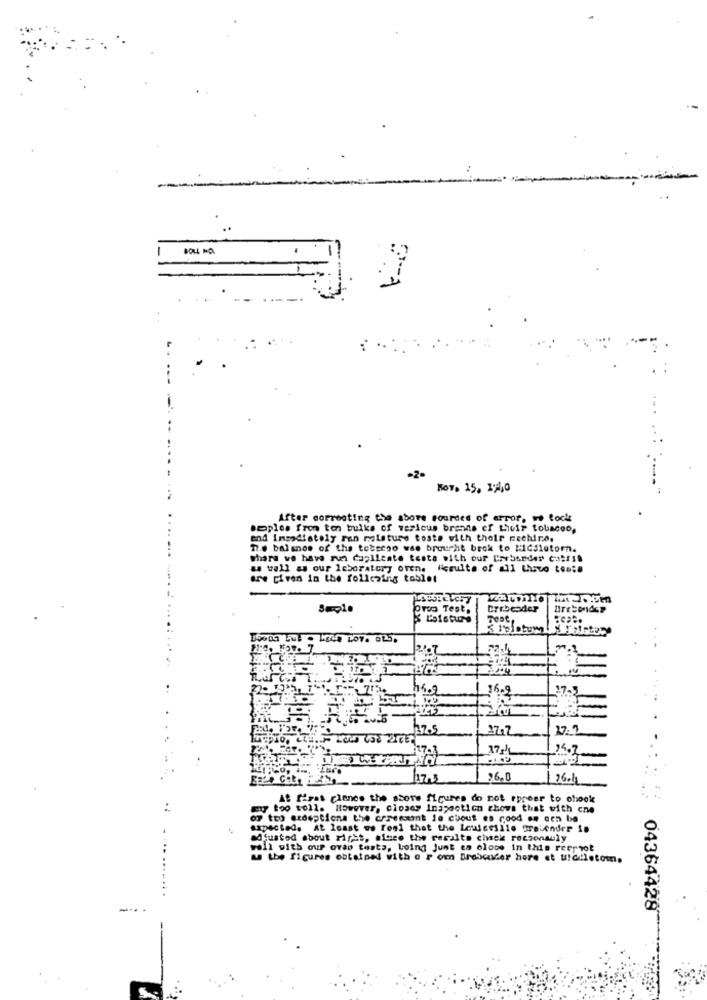
---
Nov, 15. 17,0
After correcting the above sounded of error, no tocks
seples fron ton bulks of vesicus brands of their tobacco,
and Immediately ran moisture toste with their rechira.
17 .. balsnos of the tetsego was brought back to MICSletom.
share we have run duplicate testa with our Cerborder caltil
as well as our laboratory oren. Assuite of all the tests
are given in the following tablet
Pros Test.
Dyrbender
SIblotum
hs.9
17-3
132.5
17.9
17
26.0
26-14
At first chance the shore figures do not appear to chook
. ..
ay too toll. However, closey Inspection shows that with cne
67 too erdeptions the creeexit le cuout es rood en cen be
sspacted. At least ws fool that the Lowlesille freiender is
adjusted about right, since the results chek reasonably
roll with our ovao tests, Loing Junt es oloce in this reernot
& the figures obtained with a r om Brabander hore et uradletom.
04364428